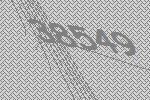
38549